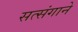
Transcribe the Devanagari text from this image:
सत्संगाने